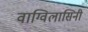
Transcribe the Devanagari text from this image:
वाग्विलासिनी